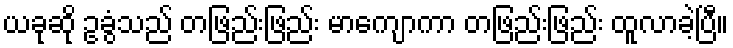
ယခုဆို ဥခွံသည် တဖြည်းဖြည်း မာကျောကာ တဖြည်းဖြည်း ထူလာခဲ့ပြီ။